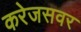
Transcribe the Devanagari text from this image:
करेजसवर